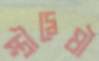
স্ত্রীদ্বেষী